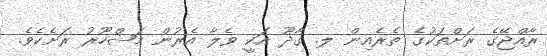
ރާއްޖޭގެ ރަށްތަކުގެ ތެރެއިން ލ. ގާދޫ އަކީ ވެލާ އެރުން މަޝްހޫރު ރަށެކެވެ.